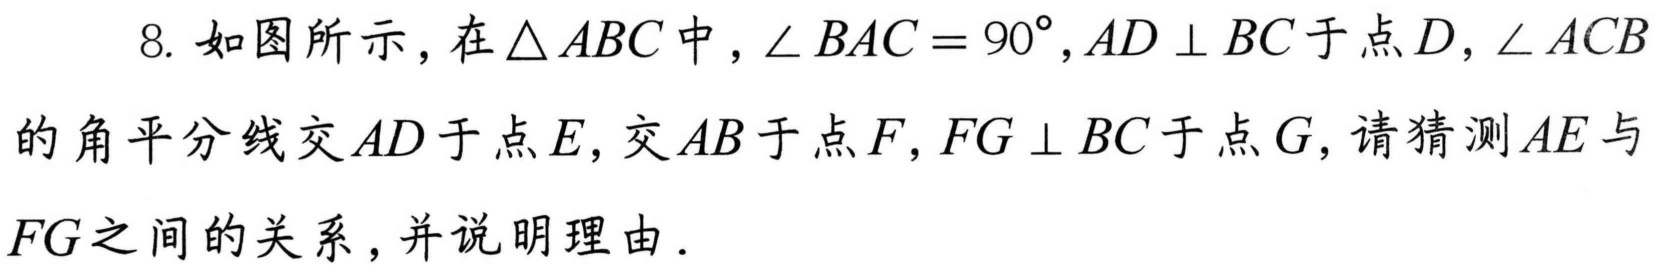
8. 如图所示，在$\triangle ABC$中，$\angle BAC = 90^{\circ},AD \perp BC$于点$D$，$\angle ACB$的角平分线交$AD$于点$E$，交$AB$于点$F$，$FG \perp BC$于点$G$，请猜测$AE$与$FG$之间的关系，并说明理由.